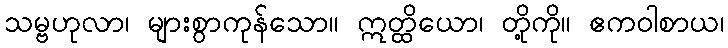
သမ္ဗဟုလာ၊ များစွာကုန်သော။ ဣတ္ထိယော၊ တို့ကို။ ဧကဝါစာယ၊